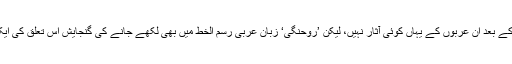
اتنی صدیاں گزرنے کے بعد اُن عربوں کے یہاں کوئی آثار نہیں، لیکن ’روحنگی‘ زبان عربی رسم الخط میں بھی لکھے جانے کی گنجایش اس تعلق کی ایک یادگار ضرور ہے۔